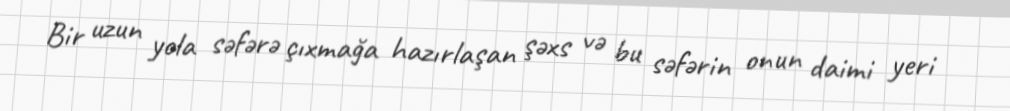
Bir uzun yola səfərə çıxmağa hazırlaşan şəxs və bu səfərin onun daimi yeri